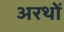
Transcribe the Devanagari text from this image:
अरथों